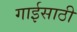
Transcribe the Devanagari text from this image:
गाईसाठी